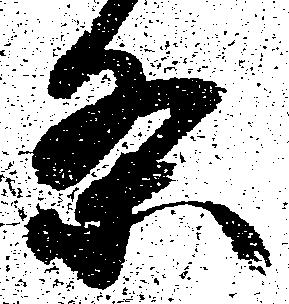
条